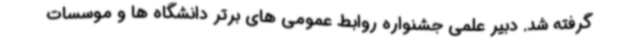
گرفته شد. دبیر علمی جشنواره روابط عمومی های برتر دانشگاه ها و موسسات